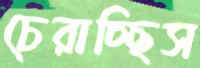
চেরাচ্ছিস